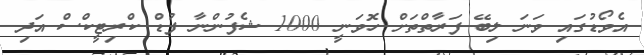
އެވޯޑުގައި ވަނަ ލިބޭ ފަރާތްތަށް ހޮވަނީ 1000 ޝެފުންނާ ފުޑް ކްރިޓީކްސް އަދި